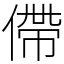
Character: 僀